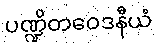
ပဏ္ဍိတဝေဒနီယံ